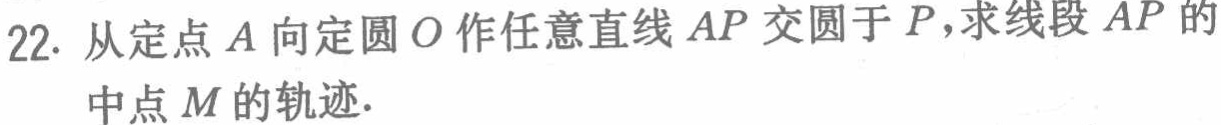
22. 从定点\(A\)向定圆\(O\)作任意直线\(AP\)交圆于\(P\)，求线段\(AP\)的中点\(M\)的轨迹.